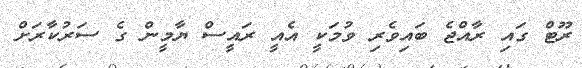
ރޫޓް ގައި ރާއްޖެ ބައިވެރި ވުމަކީ އެއީ ރައީސް ޔާމީން ގެ ސަރުކާރަށް